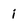
Character: i